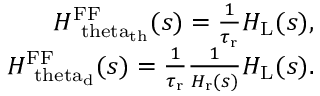
\begin{array} { r } { H _ { \mathrm { \ t h e t a _ { \mathrm { t h } } } } ^ { \mathrm { F F } } ( s ) = \frac { 1 } { \tau _ { \mathrm { r } } } H _ { \mathrm { L } } ( s ) , } \\ { H _ { \mathrm { \ t h e t a _ { \mathrm { d } } } } ^ { \mathrm { F F } } ( s ) = \frac { 1 } { \tau _ { \mathrm { r } } } \frac { 1 } { H _ { \mathrm { r } } ( s ) } H _ { \mathrm { L } } ( s ) . } \end{array}